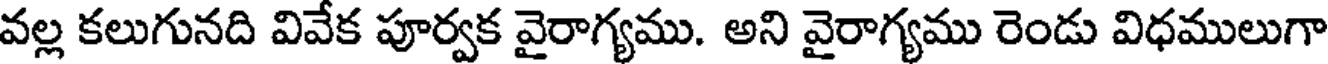
వల్ల కలుగునది వివేక పూర్వక వైరాగ్యము. అని వైరాగ్యము రెండు విధములుగా